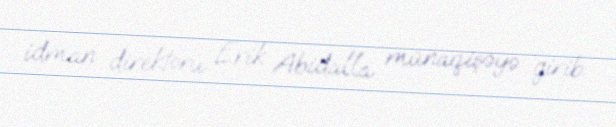
idman direktoru Erik Abidalla münaqişəyə girib.